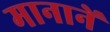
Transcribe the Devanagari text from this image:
मानानें